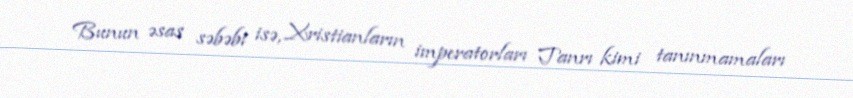
Bunun əsas səbəbi isə, Xristianların imperatorları Tanrı kimi tanınmamaları